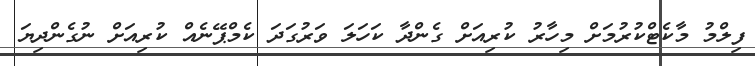
ފިލްމު މާކެޓްކުރުމަށް މިހާރު ކުރިއަށް ގެންދާ ކަހަލަ ވަރުގަދަ ކެމްޕޭނެއް ކުރިއަށް ނުގެންދިޔަ